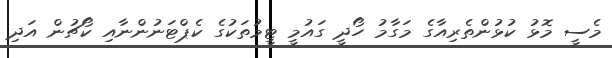
މެސީ މޮޅު ކުޅުންތެރިއާގެ މަގާމު ހޯދީ ގައުމީ ޓީމުތަކުގެ ކެޕްޓަނުންނާއި ކޯޗުން އަދި